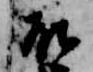
殿